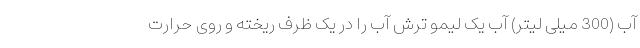
آب (300 میلی لیتر) آب یک لیمو ترش آب را در یک ظرف ریخته و روی حرارت